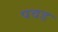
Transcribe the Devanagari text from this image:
पवड